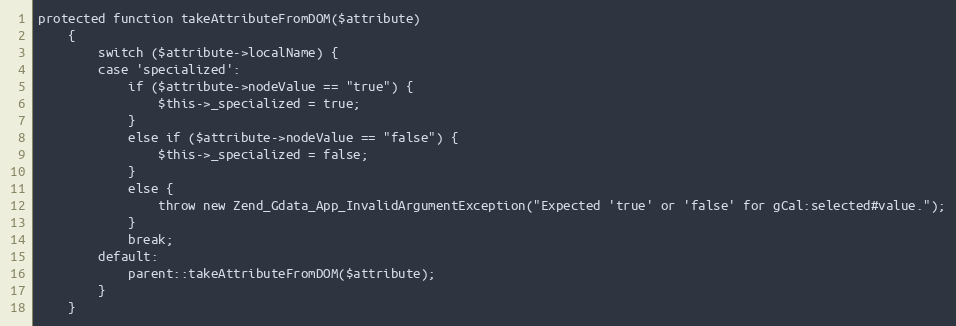
Language: PHP
protected function takeAttributeFromDOM($attribute)
    {
        switch ($attribute->localName) {
        case 'specialized':
            if ($attribute->nodeValue == "true") {
                $this->_specialized = true;
            }
            else if ($attribute->nodeValue == "false") {
                $this->_specialized = false;
            }
            else {
                throw new Zend_Gdata_App_InvalidArgumentException("Expected 'true' or 'false' for gCal:selected#value.");
            }
            break;
        default:
            parent::takeAttributeFromDOM($attribute);
        }
    }